Investigations on Bengal jail dietaries - Number 37
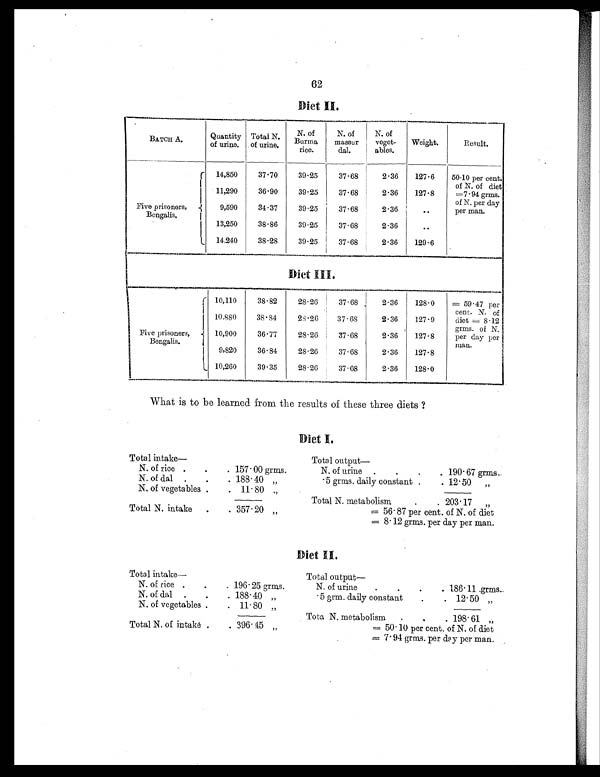
62
Diet II.
BATCH A.
Quantity
of urine.
Total N.
of urine.
N. of
Burma
rice.
N. of
massur
dal.
N. of
veget-
ables.
Weight.
Result.
Five prisoners,
Bengalis.
14,850
37.70
39.25
37.68
2 . 36
127.6
50.10 per cent.
of N. of diet
=7.94 grms.
of N. per day
per man.
11,290
36.90
39.25
37.68
2.36
127.8
9,590
34.37
39.25
37.68
2.36
. .
13,250
38.86
39.25
37.68
2.36
. .
14,240
38.28
39.25
37.68
2.36
129.6
Diet III.
Five prisoners,
Bengalis.
10,110
38.82
28.26
37 . 68
2.36
128.0
= 59 . 47 per
cent. N. of
diet = 8.12
grms. of N.
per day per
man.
10,880
38.84
28.26
37.68
2.36
127.9
10,900
36.77
28.26
37.68
2.36
127.8
9,820
36.84
28.26
37.68
2.36
127.8
10,260
39.35
28.26
37.68
2.36
128.0
What is to be learned from the results of these three diets ?
Diet I.
Total intake—
Total output
—
N. of rice .
.
. 157 . 00 grms.
N. of urine
.
.
.
. 190 . 67 grms.
N. of dal
.
.
. 188 . 40 „
.5 grms. daily constant .
. 12 . 50 „
N. of vegetables .
. 11 . 80 „
Total N. metabolism
.
. 203 . 17 „
Total N. intake
.
. 357 . 20 „
= 56 . 87 per cent. of N. of diet
= 8 . 12 grms. per day per man.
Diet II.
Total intake—
Total output
—
N. of rice .
.
. 196 . 25 grms.
N. of urine
.
.
.
. 186 . 11 grms.
N. of dal
.
.
. 188 . 40 „
.5 grm. daily constant
.
. 12 . 50 „
N. of vegetables .
. 11 . 80 „
Tota N. metabolism
.
.
. 198.61 „
Total N. of intaké .
. 396.45 „
= 50 . 10 per cent. of N. of diet
= 7.94 grms. per day per man.